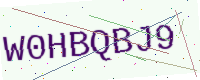
Text: W0HBQBJ9